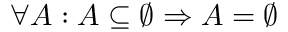
\forall A : A \subseteq \varnothing \Rightarrow A = \varnothing